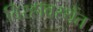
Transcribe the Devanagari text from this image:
विरहावस्थेंत